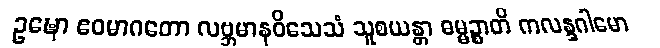
ဥဍ္ဎော ဧဝမာဂတော လဗ္ဘမာနဝိသေသံ သူစယန္တာ ဓမ္မဉ္စာတိ ကလန္ဒဂါမော